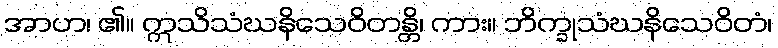
အာဟ၊ ၏။ ဣသိသံဃနိသေဝိတန္တိ၊ ကား။ ဘိက္ခုသံဃနိသေဝိတံ၊